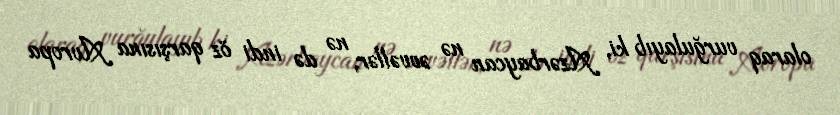
olaraq vurğulayıb ki, Azərbaycan nə əvvəllər, nə də indi öz qarşısına Avropa